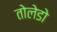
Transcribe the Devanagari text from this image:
तोलेडो